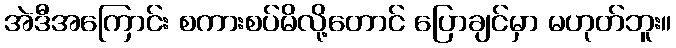
အဲဒီအကြောင်း စကားစပ်မိလို့တောင် ပြောချင်မှာ မဟုတ်ဘူး။